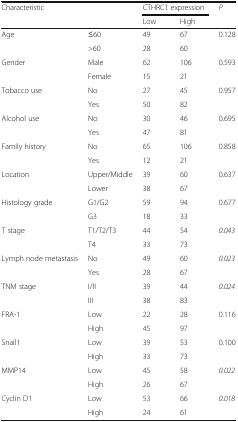
| <ROWSPAN=2> Characteristic | <ROWSPAN=2>  | <COLSPAN=2> CTHRC1 expression | <ROWSPAN=2> P |
 | Low | High |
 | --- | --- | --- | --- | --- |
 | <ROWSPAN=2> Age | ≤60 | 49 | 67 | <ROWSPAN=2> 0.128 |
 | >60 | 28 | 60 |
 | <ROWSPAN=2> Gender | Male | 62 | 106 | <ROWSPAN=2> 0.593 |
 | Female | 15 | 21 |
 | <ROWSPAN=2> Tobacco use | No | 27 | 45 | <ROWSPAN=2> 0.957 |
 | Yes | 50 | 82 |
 | <ROWSPAN=2> Alcohol use | No | 30 | 46 | <ROWSPAN=2> 0.695 |
 | Yes | 47 | 81 |
 | <ROWSPAN=2> Family history | No | 65 | 106 | <ROWSPAN=2> 0.858 |
 | Yes | 12 | 21 |
 | <ROWSPAN=2> Location | Upper/Middle | 39 | 60 | <ROWSPAN=2> 0.637 |
 | Lower | 38 | 67 |
 | <ROWSPAN=2> Histology grade | G1/G2 | 59 | 94 | <ROWSPAN=2> 0.677 |
 | G3 | 18 | 33 |
 | <ROWSPAN=2> T stage | T1/T2/T3 | 44 | 54 | <ROWSPAN=2> 0.043 |
 | T4 | 33 | 73 |
 | <ROWSPAN=2> Lymph node metastasis | No | 49 | 60 | <ROWSPAN=2> 0.023 |
 | Yes | 28 | 67 |
 | <ROWSPAN=2> TNM stage | I/II | 39 | 44 | <ROWSPAN=2> 0.024 |
 | III | 38 | 83 |
 | <ROWSPAN=2> FRA-1 | Low | 22 | 28 | <ROWSPAN=2> 0.116 |
 | High | 45 | 97 |
 | <ROWSPAN=2> Snail1 | Low | 39 | 53 | <ROWSPAN=2> 0.100 |
 | High | 33 | 73 |
 | <ROWSPAN=2> MMP14 | Low | 45 | 58 | <ROWSPAN=2> 0.022 |
 | High | 26 | 67 |
 | <ROWSPAN=2> Cyclin D1 | Low | 53 | 66 | <ROWSPAN=2> 0.018 |
 | High | 24 | 61 |